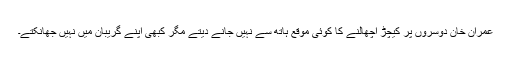
عمران خان دوسروں پر کیچڑ اچھالنے کا کوئی موقع ہاتھ سے نہیں جانے دیتے مگر کبھی اپنے گریبان میں نہیں جھانکتے۔